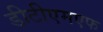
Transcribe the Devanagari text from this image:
डीटीएमएफ